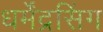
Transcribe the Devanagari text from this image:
धर्मेंद्रसिंग